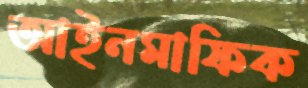
আইনমাফিক